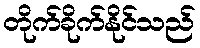
တိုက်ခိုက်နိုင်သည်